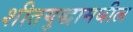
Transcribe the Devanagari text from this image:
शीतयुद्धामधील